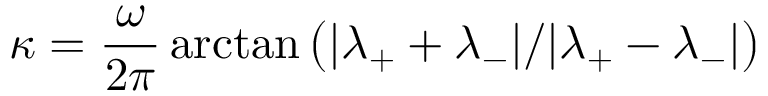
\kappa = \frac { \omega } { 2 \pi } \arctan \left( | \lambda _ { + } + \lambda _ { - } | / | \lambda _ { + } - \lambda _ { - } | \right)